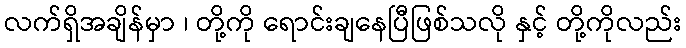
လက်ရှိအချိန်မှာ ၊ တို့ကို ရောင်းချနေပြီဖြစ်သလို နှင့် တို့ကိုလည်း